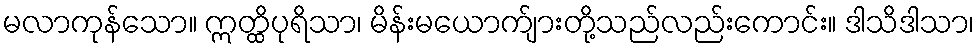
မလာကုန်သော။ ဣတ္ထိပုရိသာ၊ မိန်းမယောက်ျားတို့သည်လည်းကောင်း။ ဒါသိဒါသာ၊